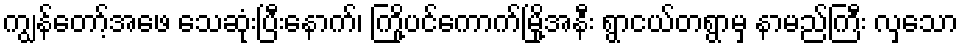
ကျွန်တော့်အဖေ သေဆုံးပြီးနောက်၊ ကြို့ပင်ကောက်မြို့အနီး ရွာငယ်တရွာမှ နာမည်ကြီး လှသော